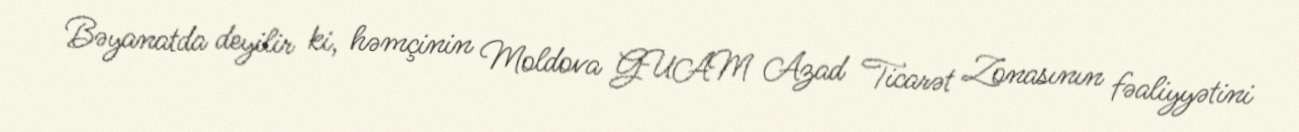
Bəyanatda deyilir ki, həmçinin Moldova GUAM Azad Ticarət Zonasının fəaliyyətini